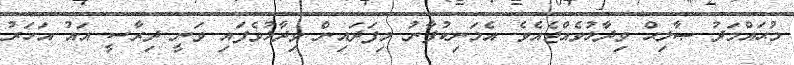
މުޙައްމަދު ޞާލިޙް ވިދާޅުވެއްޖެއެވެ. އެމަނިކުފާނު މިފަދައިން ވިދާޅުވެފައި ވަނީ ދިރާސީ އައު އަހަރު